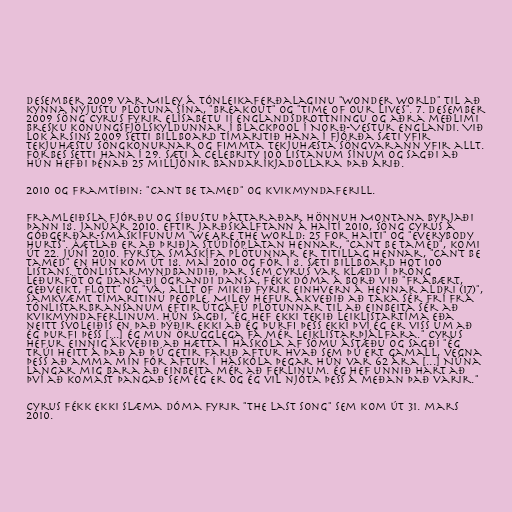
desember 2009 var Miley á tónleikaferðalaginu "Wonder World" til að
kynna nýjustu plötuna sína, "Breakout" og "Time of Our Lives". 7. desember
2009 söng Cyrus fyrir Elísabetu II Englandsdrottningu og aðra meðlimi
bresku konungsfjölskyldunnar í Blackpool í Norð-Vestur Englandi. Við
lok ársins 2009 setti Billboard tímaritið hana í fjórða sæti yfir
tekjuhæstu söngkonurnar og fimmta tekjuhæsta söngvarann yfir allt.
Forbes setti hana í 29. sæti á Celebrity 100 listanum sínum og sagði að
hún hefði þénað 25 milljónir Bandaríkjadollara það árið.

2010 og framtíðin: "Can't Be Tamed" og kvikmyndaferill.

Framleiðsla fjórðu og síðustu þáttaraðar Hönnuh Montana byrjaði
þann 18. janúar 2010. Eftir jarðskálftann á Haítí 2010, söng Cyrus á
góðgerðar-smáskífunum "We Are the World: 25 for Haiti" og "Everybody
Hurts". Áætlað er að þriðja stúdíóplatan hennar, "Can't Be Tamed", komi
út 22. júní 2010. Fyrsta smáskífa plötunnar er titillag hennar, "Can't Be
Tamed" en hún kom út 18. maí 2010 og fór í 8. sæti Billboard Hot 100
listans. Tónlistarmyndbandið, þar sem Cyrus var klædd í þröng
leðurföt og dansaði ögrandi dansa, fékk dóma á borð við "frábært,
geðveikt, flott" og "vá, allt of mikið fyrir einhvern á hennar aldri (17)",
samkvæmt tímaritinu People. Miley hefur ákveðið að taka sér frí frá
tónlistarbransanum eftir útgáfu plötunnar til að einbeita sér að
kvikmyndaferlinum. Hún sagði, "Ég hef ekki tekið leiklistartíma eða
neitt svoleiðis en það þýðir ekki að ég þurfi þess ekki því ég er viss um að
ég þurfi þess [...] Ég mun örugglega fá mér leiklistarþjálfara." Cyrus
hefur einnig ákveðið að hætta í háskóla af sömu ástæðu og sagði "Ég
trúi heitt á það að þú getir farið aftur hvað sem þú ert gamall, vegna
þess að amma mín fór aftur í háskóla þegar hún var 62 ára [...] Núna
langar mig bara að einbeita mér að ferlinum. Ég hef unnið hart að
því að komast þangað sem ég er og ég vil njóta þess á meðan það varir."

Cyrus fékk ekki slæma dóma fyrir "The Last Song" sem kom út 31. mars
2010.